Annual statistical returns and brief notes on vaccination in Bengal - 1909-1929
Year: 1909
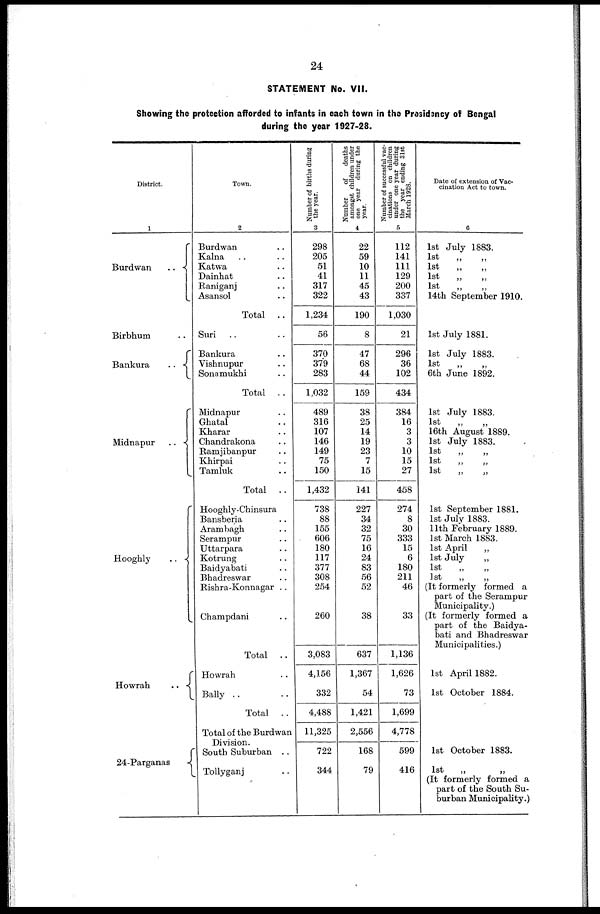
24
STATEMENT No. VII.
Showing the protection afforded to infants in each town in the Presidency of Bengal
during the year 1927-28.
District.
1
Burdwan
..
Birbhum.. ..
Bankura..
..
Midnapur..
..
Hooghly
..
Howrah
..
..
24-Parganas..
Town.
2
Burdwan.. ..
Kalna.. ..
Katwa.. ..
Dainhat.. ..
Raniganj.. ..
Asansol.. ..
Total
..
Suri .. ..
Bankura.. ..
Vishnupur.. ..
Sonamukhi.. ..
Total..
Midnapur.. ..
Ghatal.. ..
Kharar.. ..
Chandrakona.. ..
Ramjibanpur.. ..
Khirpai.. ..
Tamluk.. ..
Total
..
Hooghly-Chinsura..
Bansberia.. ..
Arambagh.. ..
Serampur.. ..
Uttarpara.. ..
Kotrung.. ..
Baidyabati.. ..
Bhadreswar.. ..
Rishra-Konnagar ..
Champdani.. ..
Total
..
Howrah..
Bally .. ..
Total
..
Total of the Burdwan
Division.
South Suburban ..
Tollyganj..
Number of births during
the year.
3
298
205
51
41
317
322
1,234
56
370
379
283
1,032
489
316
107
146
149
75
150
1,432
738
88
155
606
180
117
377
308
254
260
3,083
4,156
332
4,488
11,325
722
344
Number of
deaths
amongst children under
one year during the
year.
4
22
59
10
11
45
43
190
8
47
68
44
159
38
25
14
19
23
7
15
141
227
34
32
75
16
24
83
56
52
38
637
1,367
54
1,421
2,556
168
79
Number of successful vac-
cinations on children
under one year during
the year ending 31st
March 1928.
5
112
141
111
129
200
337
1,030
21
296
36
102
434
384
16
3
3
10
15
27
458
274
8
30
333
15
6
180
211
46
33
1,136
1,626
73
1,699
4,778
599
416
Date of extension of Vac-
cination Act to town.
6
1st July 1883.
1st „ „
1st „ „
1st „ „
1st „ „
14th September 1910.
1st July 1881.
1st July 1883.
1st „ „
6th June 1892.
1st July 1883.
1st „ „
16th August 1889
1st July 1883.
1st „ „
1st „ „
1st „ „
1st September 1881.
1st July 1883.
11th February 1889.
1st March 1883.
1st April „ „
1st July
„ „
1st „ „
1st „ „
(It formerly formed a
part of the Serampur
Municipality.)
(It formerly formed a
part of the Baidya-
bati and Bhadreswar
Municipalities.)
1st April 1882.
1st October 1884.
1st October 1883.
1st „ „
It formerly formed a
part of the South Su-
burban Municipality.)